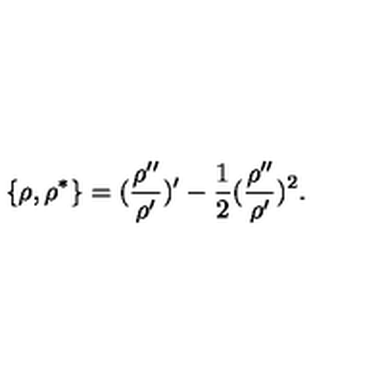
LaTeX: \{ \rho , \rho ^ { * } \} = ( \frac { \rho ^ { \prime \prime } } { \rho ^ { \prime } } ) ^ { \prime } - \frac { 1 } { 2 } ( \frac { \rho ^ { \prime \prime } } { \rho ^ { \prime } } ) ^ { 2 } .